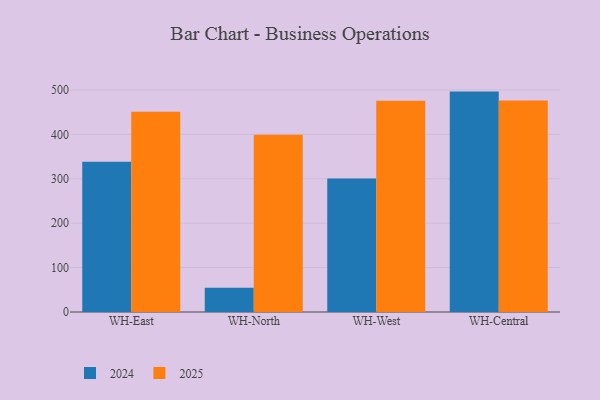
{"axis": {"x": "Warehouse", "y": "Inventory Turnover"}, "legend": ["2024", "2025"], "data": [{"x": "WH-East", "y": 338.4, "type": "2024"}, {"x": "WH-East", "y": 451.1, "type": "2025"}, {"x": "WH-North", "y": 54.8, "type": "2024"}, {"x": "WH-North", "y": 399.2, "type": "2025"}, {"x": "WH-West", "y": 300.4, "type": "2024"}, {"x": "WH-West", "y": 475.6, "type": "2025"}, {"x": "WH-Central", "y": 496.2, "type": "2024"}, {"x": "WH-Central", "y": 476.1, "type": "2025"}]}